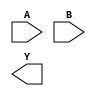
(* blackbox *)
module AND(input [7:0] A, B, output [7:0] Y);
endmodule

(* blackbox *)
module ALU(input [7:0] A, B, output [7:0] Y);
parameter MODE = "";
endmodule